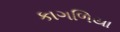
કાગળિયા